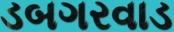
ડબગરવાડ